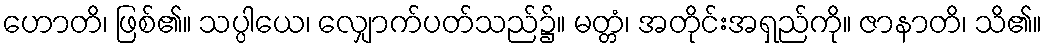
ဟောတိ၊ ဖြစ်၏။ သပ္ပါယေ၊ လျှောက်ပတ်သည်၌။ မတ္တံ၊ အတိုင်းအရှည်ကို။ ဇာနာတိ၊ သိ၏။